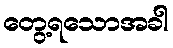
တွေ့ရသောအခါ